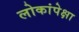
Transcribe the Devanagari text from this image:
लोकांपेक्षा